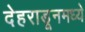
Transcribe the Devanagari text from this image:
देहराडूनमध्ये